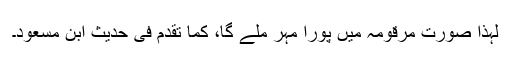
لہٰذا صورتِ مرقومہ میں پورا مہر ملے گا، کما تقدم فی حدیثِ ابن مسعودؓ۔